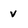
Character: v